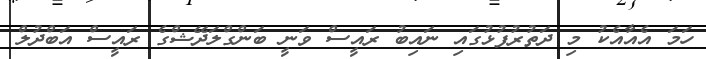
ހަމަ އެއާއެކު މި ދަތުރުފުޅުގައި ނައިބު ރައީސް ވަނީ ބަންގްލަދޭޝްގެ ރައީސް އަބްދުލް